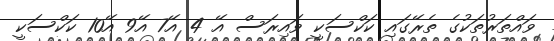
ވައްތަރުތަކުގެ ތެރޭގައި ކަކްސަކީ ވައިރަސް އޭ 4 އޭ7 އޭ9 އޭ10 ކަކްސަކީ